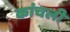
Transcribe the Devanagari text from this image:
कांचली